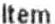
ITEM